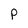
Character: P